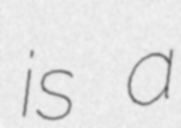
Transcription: is a